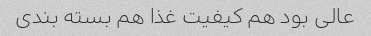
عالی بود هم کیفیت غذا هم بسته بندی